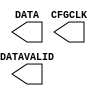
// This program was cloned from: https://github.com/Xilinx/XilinxUnisimLibrary
// License: Apache License 2.0

///////////////////////////////////////////////////////
//     Copyright (c) 2009 Xilinx Inc.
// 
//    Licensed under the Apache License, Version 2.0 (the "License");
//    you may not use this file except in compliance with the License.
//    You may obtain a copy of the License at
// 
//        http://www.apache.org/licenses/LICENSE-2.0
// 
//    Unless required by applicable law or agreed to in writing, software
//    distributed under the License is distributed on an "AS IS" BASIS,
//    WITHOUT WARRANTIES OR CONDITIONS OF ANY KIND, either express or implied.
//    See the License for the specific language governing permissions and
//    limitations under the License.
///////////////////////////////////////////////////////
//
//   ____   ___
//  /   /\/   / 
// /___/  \  /     Vendor      : Xilinx 
// \  \    \/      Version     :  12.1
//  \  \           Description : 
//  /  /                      
// /__/   /\       Filename    : USR_ACCESSE2.v
// \  \  /  \ 
//  \__\/\__ \                    
//                                 
//  Revision:		1.0
///////////////////////////////////////////////////////

`timescale 1 ps / 1 ps 

`celldefine

module USR_ACCESSE2 (
  CFGCLK,
  DATA,
  DATAVALID
);

  `ifdef XIL_TIMING

    parameter LOC = "UNPLACED";

  `endif //

  output CFGCLK;
  output DATAVALID;
  output [31:0] DATA;

  specify

    specparam PATHPULSE$ = 0;
  endspecify
endmodule

`endcelldefine